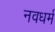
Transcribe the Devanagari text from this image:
नवधर्म